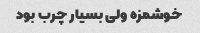
خوشمزه ولی بسیار چرب بود